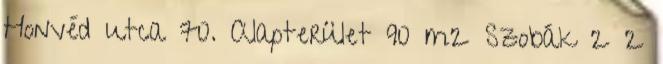
Honvéd utca 70. Alapterület 90 m2 Szobák 2 2